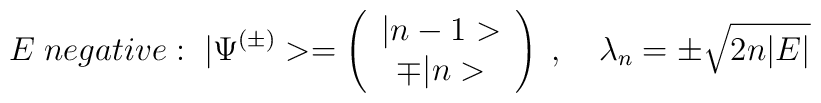
E \; negative :\; |\Psi^{(\pm)}> =\left(\begin{array}{cc}|n-1>\\ \mp |n>\end{array}\right)\; , \quad \lambda_n = \pm\sqrt{2n|E|}